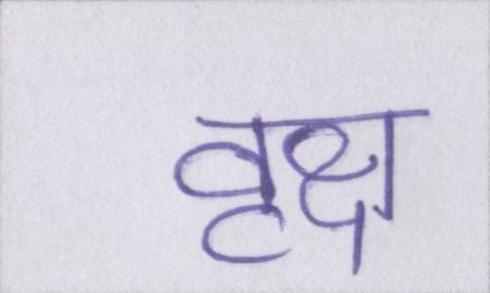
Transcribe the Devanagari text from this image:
वृक्ष